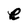
Character: e